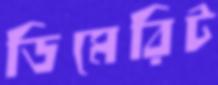
ডিমেরিট